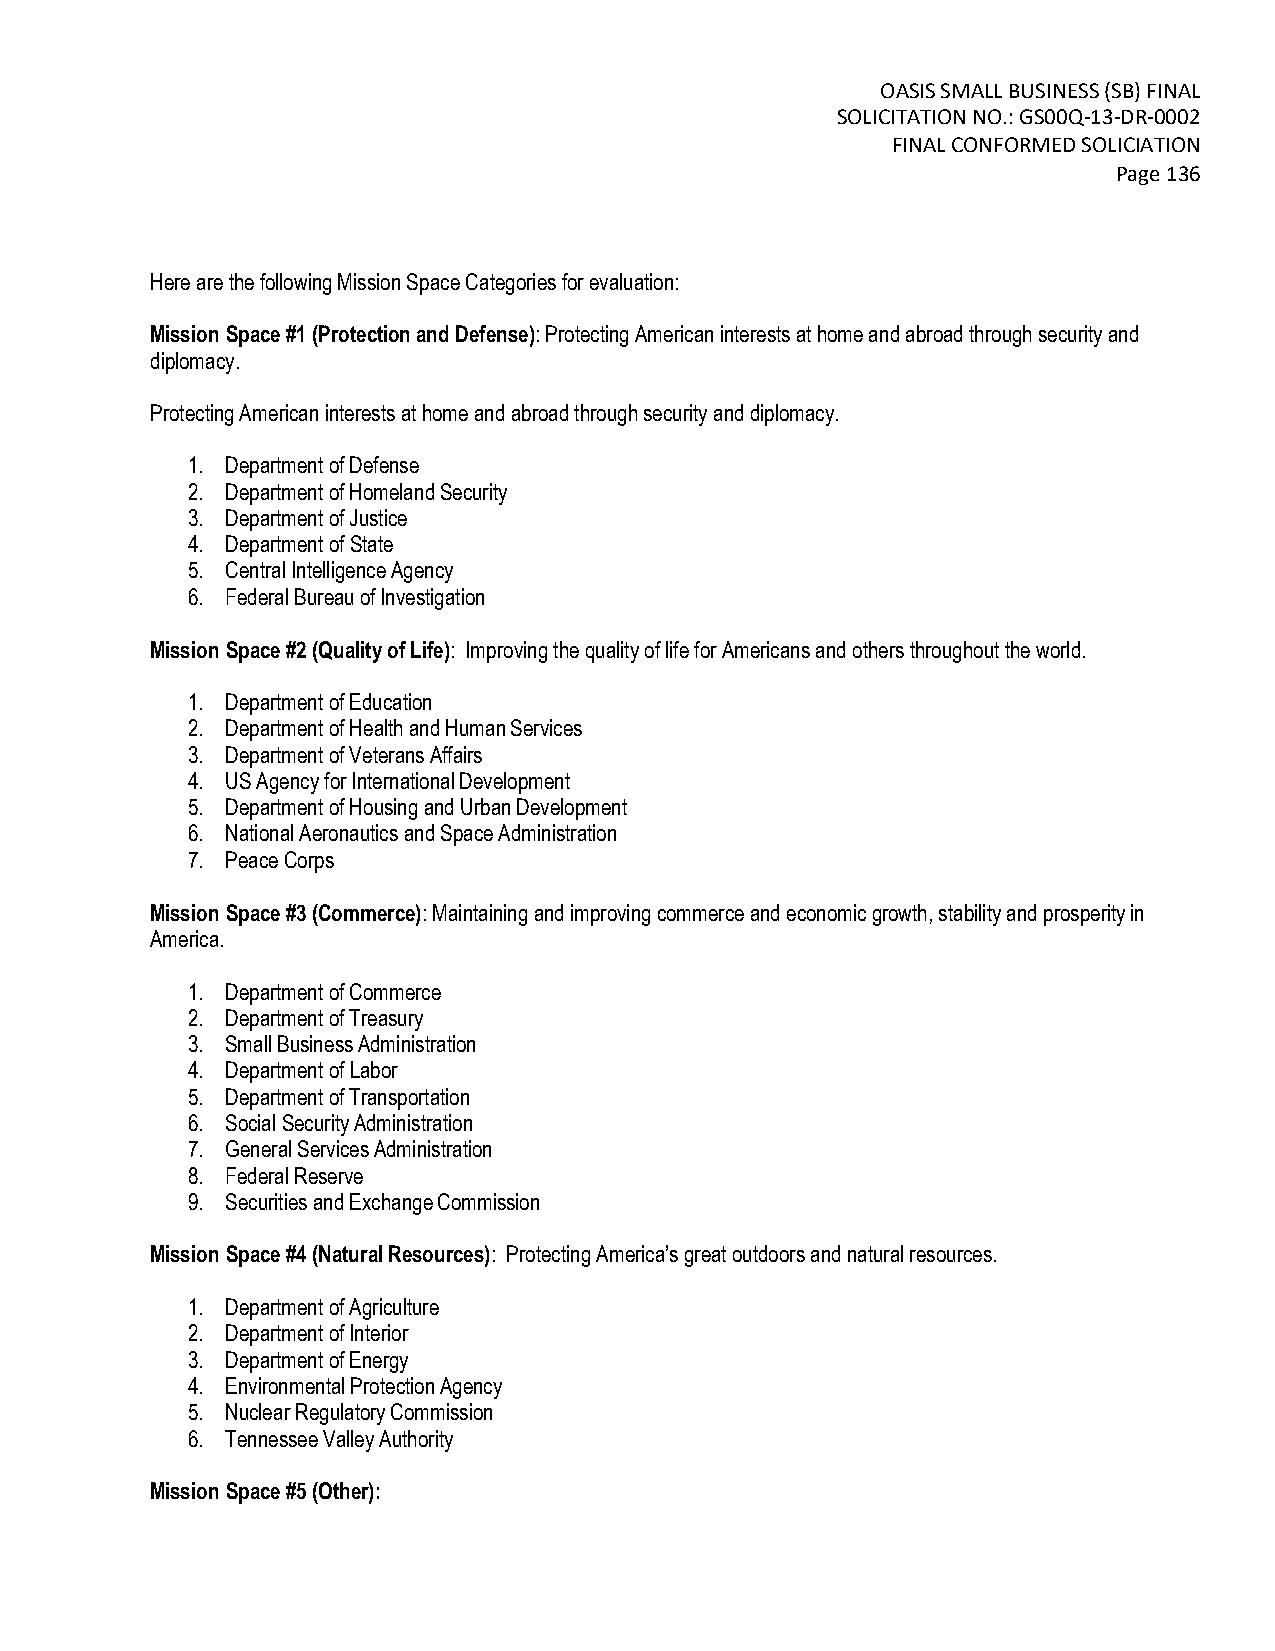
OASIS SMALL BUSINESS (SB) FINAL
 SOLICITATION NO.: GS00Q-13-DR-0002
 FINAL CONFORMED SOLICIATION
 Page 136
 Here are the following Mission Space Categories for evaluation:
 Mission Space #1 (Protection and Defense): Protecting American interests at home and abroad through security and
 diplomacy.
 Protecting American interests at home and abroad through security and diplomacy.
 1. Department of Defense
 2. Department of Homeland Security
 3. Department of Justice
 4. Department of State
 5. Central Intelligence Agency
 6. Federal Bureau of Investigation
 Mission Space #2 (Quality of Life): Improving the quality of life for Americans and others throughout the world.
 1. Department of Education
 2. Department of Health and Human Services
 3. Department of Veterans Affairs
 4. US Agency for International Development
 5. Department of Housing and Urban Development
 6. National Aeronautics and Space Administration
 7. Peace Corps
 Mission Space #3 (Commerce): Maintaining and improving commerce and economic growth, stability and prosperity in
 America.
 1. Department of Commerce
 2. Department of Treasury
 3. Small Business Administration
 4. Department of Labor
 5. Department of Transportation
 6. Social Security Administration
 7. General Services Administration
 8. Federal Reserve
 9. Securities and Exchange Commission
 Mission Space #4 (Natural Resources): Protecting America’s great outdoors and natural resources.
 1. Department of Agriculture
 2. Department of Interior
 3. Department of Energy
 4. Environmental Protection Agency
 5. Nuclear Regulatory Commission
 6. Tennessee Valley Authority
 Mission Space #5 (Other):